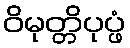
ဝိမုတ္တိပုပ္ဖံ